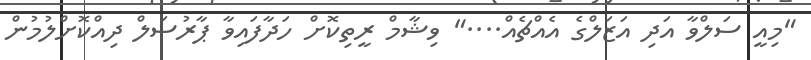
"މިއީ ސަލްވާ އަދި އަޒަލްގެ އެއްޗެއް...." ވިޝާމް ރީތިކޮށް ހަދާފައިވާ ޕާރުސަލް ދިއްކޮށްލުމުން